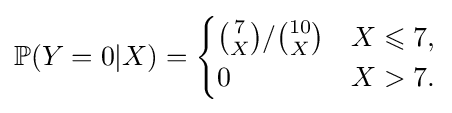
\mathbb {P} (Y=0|X)={\begin{cases}{\binom {7}{X}}/{\binom {10}{X}}&X\leqslant 7,\\0&X>7.\end{cases}}